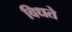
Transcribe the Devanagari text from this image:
विधते